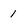
Character: 1